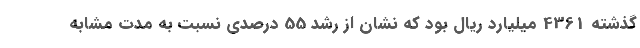
گذشته 4361 میلیارد ریال بود که نشان از رشد 55 درصدی نسبت به مدت مشابه